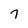
Character: 7